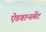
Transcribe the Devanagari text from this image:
ऐडवान्स्मेंट